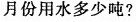
月份用水多少吨?